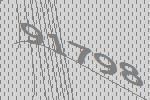
91798